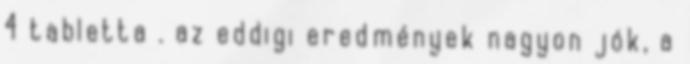
4 tabletta . az eddigi eredmények nagyon jók, a